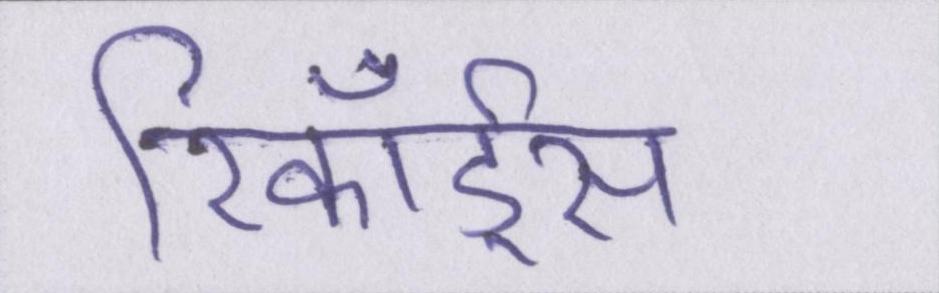
रिकॉर्ड्स